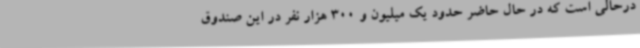
درحالی است که در حال حاضر حدود یک میلیون و 300 هزار نفر در این صندوق